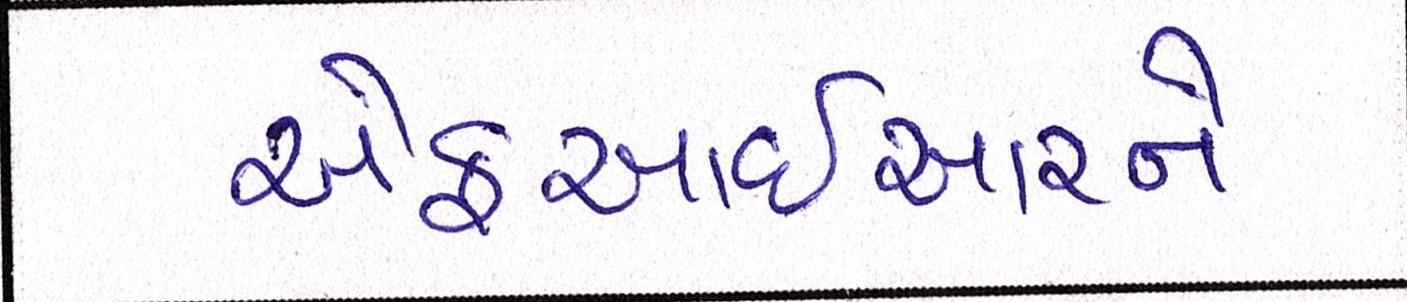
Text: એફઆઈઆરને